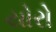
યોરો